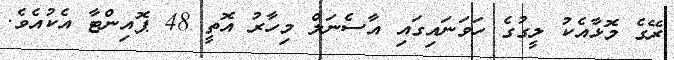
ރޭގެ މޮޅާއެކު ލީގުގެ ހަވަނައިގައި އާސެނަލް މިހާރު އޮތީ 48 ޕޮއިންޓާ އެކުއެވެ.